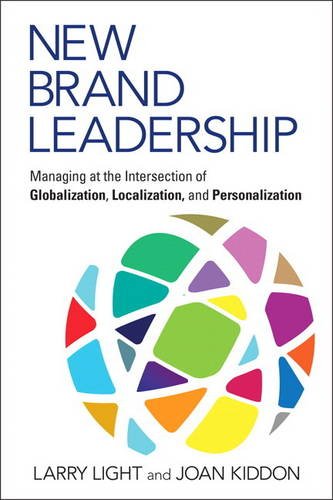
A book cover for New Brand Leadership: Managing at the Intersection of Globalization, Localization and Personalization; Larry Light; Business & Money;